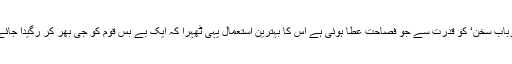
’اربابِ سخن‘ کو قدرت سے جو فصاحت عطا ہوئی ہے اس کا بہترین استعمال یہی ٹھہرا کہ ایک بے بس قوم کو جی بھر کر رگیدا جائے!